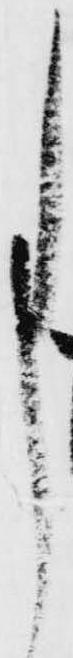
事